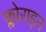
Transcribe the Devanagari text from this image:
फ्लोराइन